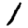
Digit: 1